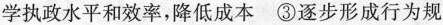
学执政水平和效率，降低成本③逐步形成行为规